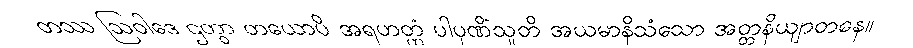
တဿ ဩဝါဒေ ဌတွာ တယောပိ အရဟတ္တံ ပါပုဏိံသူတိ အယမာနိသံသော အတ္တနိယျာတနေ။